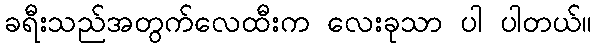
ခရီးသည်အတွက်လေထီးက လေးခုသာ ပါ ပါတယ်။